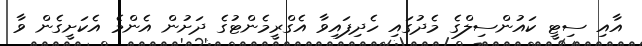
އާއި ސިޓީ ކައުންސިލްގެ މެދުގައި ހެދިފައިވާ އެގްރީމެންޓުގެ ދަށުން އެންމެ އެކަށީގެން ވާ